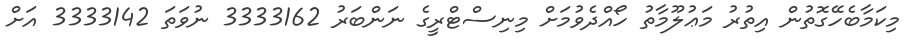
މިކަމާބެހޭގޮތުން އިތުރު މަޢުލޫމާތު ހޯއްދެވުމަށް މިނިސްޓްރީގެ ނަންބަރު 3333162 ނުވަތަ 3333142 އަށް